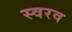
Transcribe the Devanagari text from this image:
स्वरव